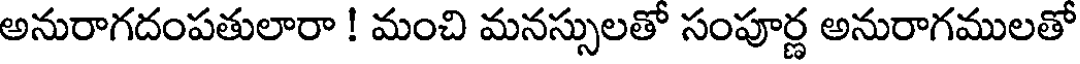
అనురాగదంపతులారా ! మంచి మనస్సులతో సంపూర్ణ అనురాగములతో